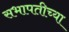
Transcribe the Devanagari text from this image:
सभापतीच्या